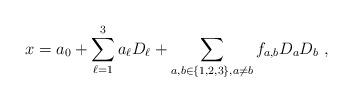
LaTeX: \begin{align*}x=a_0+\sum_{\ell=1}^3 a_\ell D_\ell+\sum_{a,b\in \{1,2,3\},a\ne b} f_{a,b}D_aD_b\ ,\end{align*}